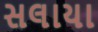
સલાયા